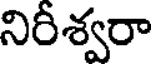
నిరీశ్వరా